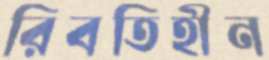
রিবতিহীন